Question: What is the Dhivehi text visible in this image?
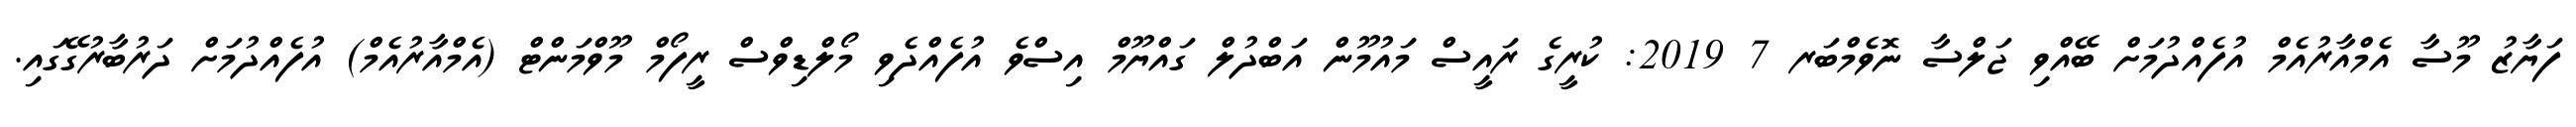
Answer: ފަޔާޒު މޫސާ އެމްއާރުއެމް އުފެއްދުމަށް ބޭއްވި ޖަލްސާ ނޮވެމްބަރ 7 2019: ކުރީގެ ރައީސް މައުމޫން އަބްދުލް ގައްޔޫމް އިސްވެ އުފެއްދެވި މޯލްޑިވްސް ރީފޯމް މޫވްމަންޓް (އެމްއާރުއެމް) އުފެއްދުމަށް ދަރުބާރުގޭގައި.